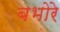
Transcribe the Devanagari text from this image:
बभोरे